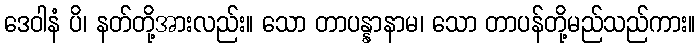
ဒေဝါနံ ပိ၊ နတ်တို့အားလည်း။ သော တာပန္နာနာမ၊ သော တာပန်တို့မည်သည်ကား။